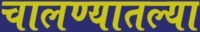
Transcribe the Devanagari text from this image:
चालण्यातल्या